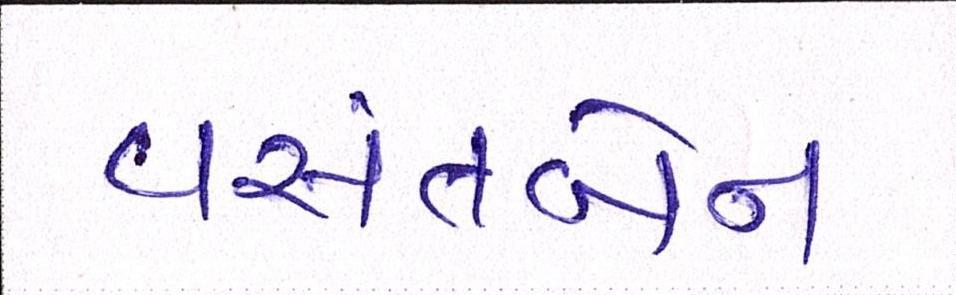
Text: વસંતબેન